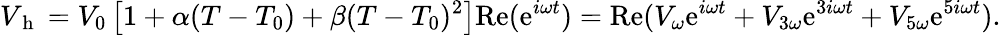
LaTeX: V_{\mathrm{~h~}}=V_{0}\left[1+\alpha(T-T_{0})+\beta(T-T_{0})^{2}\right]\mathrm{Re}(\mathrm{e}^{i\omega t})=\mathrm{Re}(V_{\omega}\mathrm{e}^{i\omega t}+V_{3\omega}\mathrm{e}^{3i\omega t}+V_{5\omega}\mathrm{e}^{5i\omega t}){.}